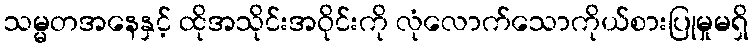
သမ္မတအနေနှင့် ထိုအသိုင်းအဝိုင်းကို လုံလောက်သောကိုယ်စားပြုမှုမရှိ